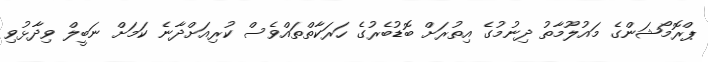
ޕްރޮމޯޝަންގެ މައުލޫމާތު ދިނުމުގެ އިތުރަށް ބޮޑުބެރުގެ ހަރަކާތްތައްވެސް ކުރިއަށްދާނެ ކަމަށް ނަބީލް ވިދާޅުވި